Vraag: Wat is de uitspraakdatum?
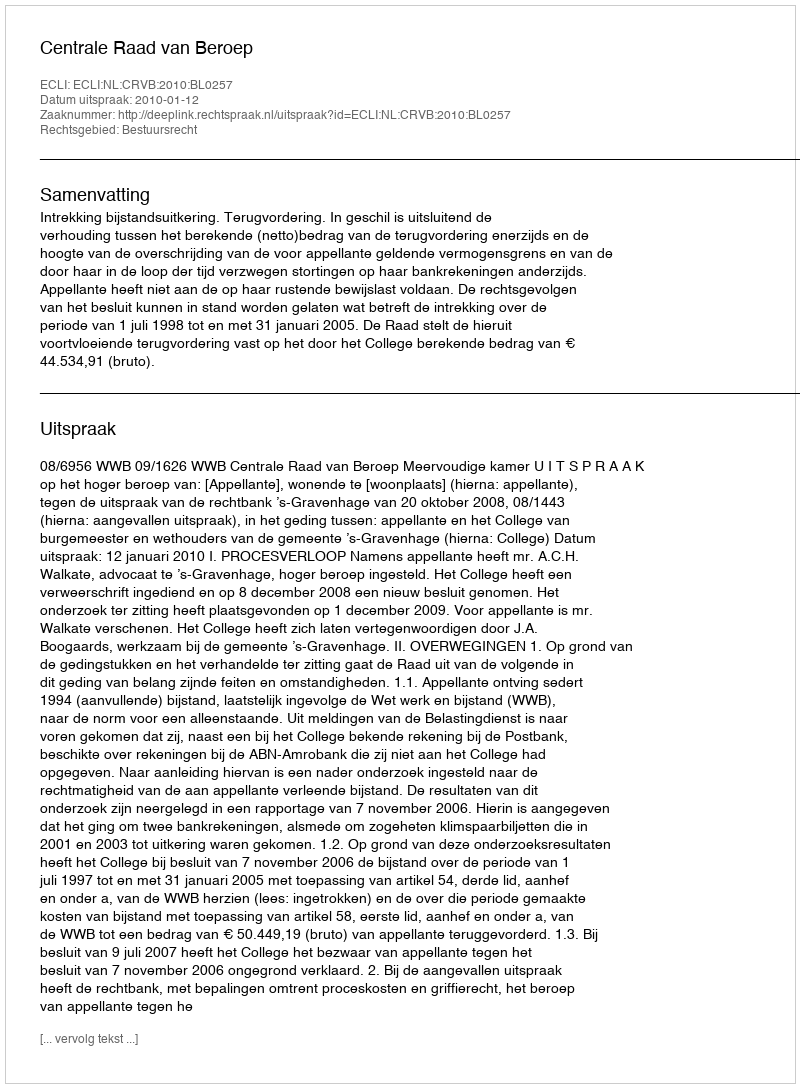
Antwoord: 2010-01-12